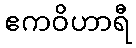
ဧကဝိဟာရီ